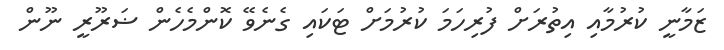
ޒަމާނީ ކުރުމާއި އިތުރަށް ފުރިހަމަ ކުރުމަށް ޓަކައި ގެނެވޭ ކޮންމެހެން ޟަރޫރީ ނޫން